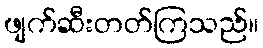
ဖျက်ဆီးတတ်ကြသည်။